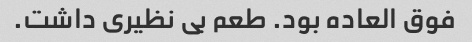
فوق العاده بود. طعم بی نظیری داشت.